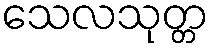
သေလသုတ္တ